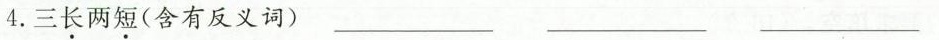
4.三长两短（含 有反义词）___ ___ ___